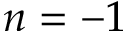
n = - 1